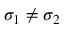
\sigma _ { 1 } \neq \sigma _ { 2 }